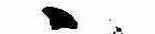
ゝ